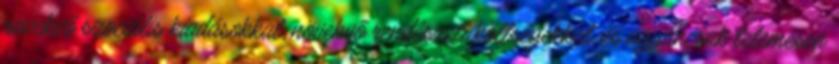
növekvő szociális kiadásokkal, növekvő rendészeti költségekkel, és ugyancsak tetemesen